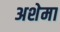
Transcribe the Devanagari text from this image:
अशेमा